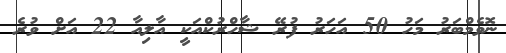
ނޮވެމްބަރު މަހު 50 އަހަރު ފުރޭ ޝާހްރުކްއަކީ އާލިއާ 22 އަށް ވުރެ